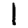
Digit: 1